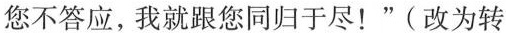
您不答应，我就跟您同归于尽！”(改为转